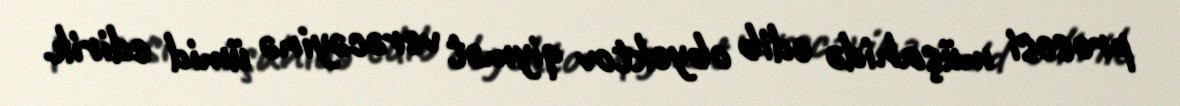
prosesi müşahidə edib obyektov qiymət verəcəyinə ümid edirik.